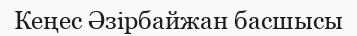
Кеңес Әзірбайжан басшысы